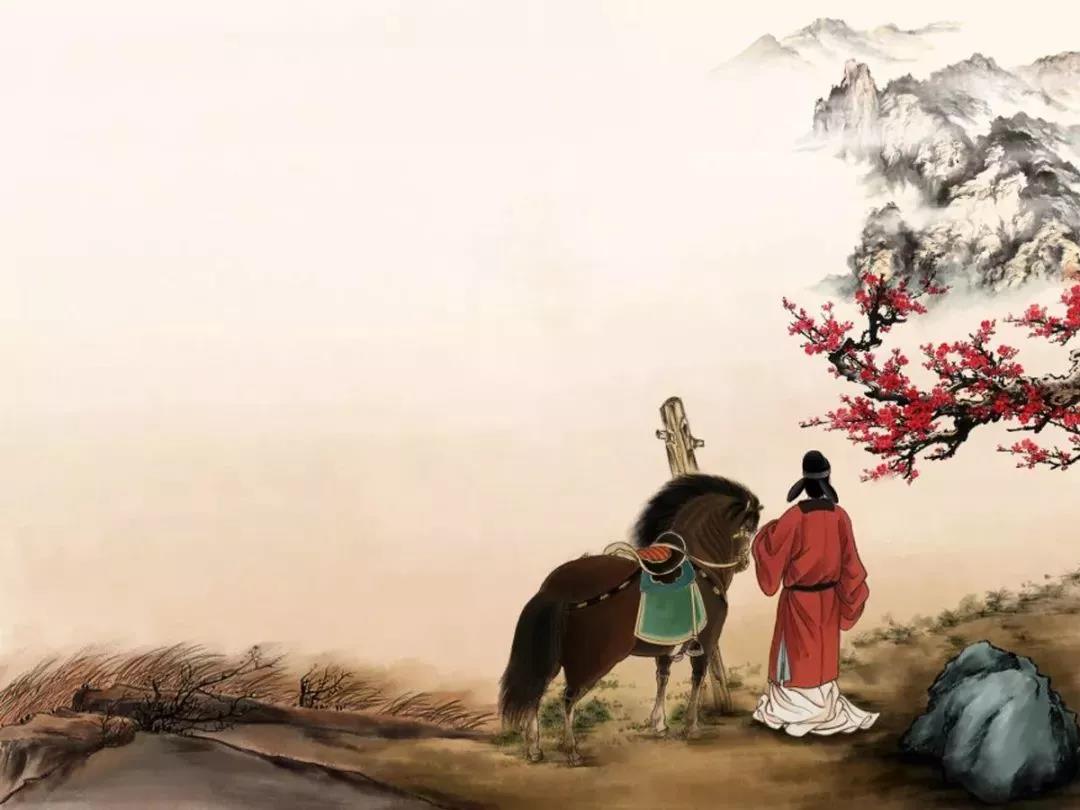
谁道人生无再少？门前流水尚能西！休将白发唱黄鸡。